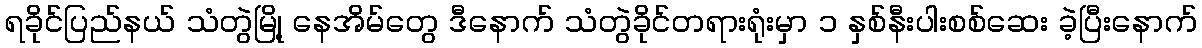
ရခိုင်ပြည်နယ် သံတွဲမြို့ နေအိမ်တွေ ဒီနောက် သံတွဲခိုင်တရားရုံးမှာ ၁ နှစ်နီးပါးစစ်ဆေး ခဲ့ပြီးနောက်